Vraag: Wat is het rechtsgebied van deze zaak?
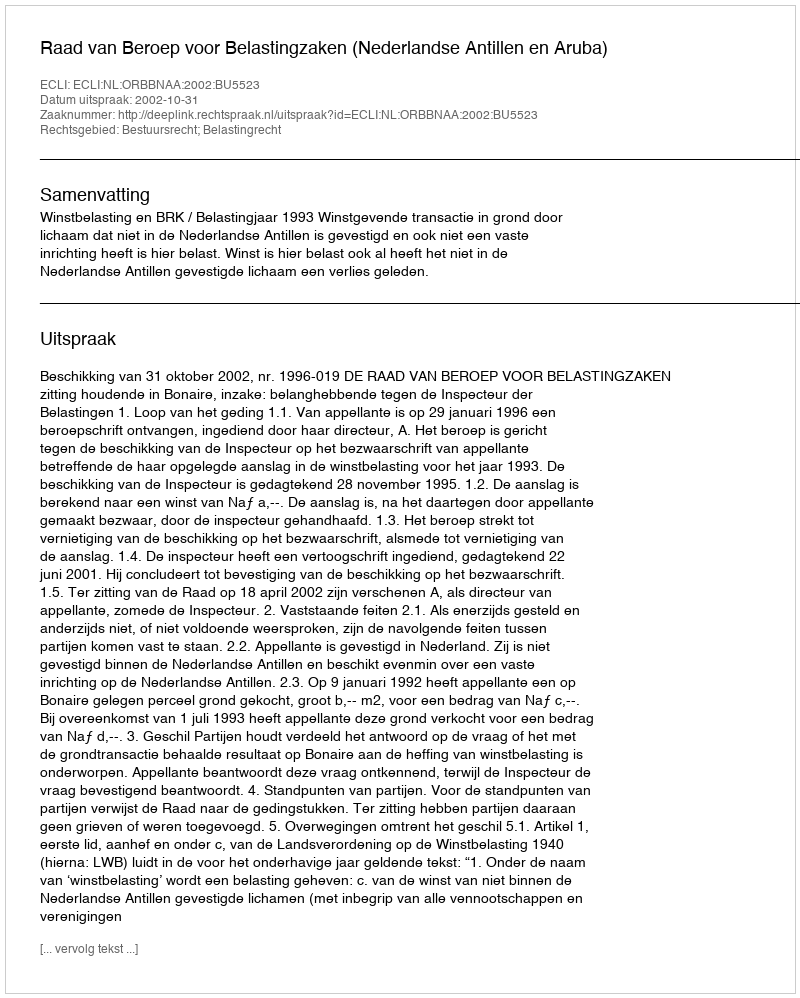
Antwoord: Bestuursrecht; Belastingrecht